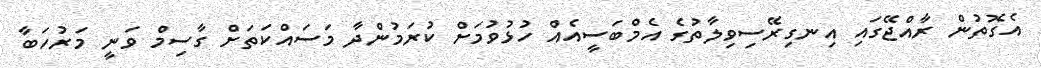
އެގޮތުން ރާއްޖޭގައި އިނގިރޭސިވިލާތުގެ އެމްބަސީއެއް ހުޅުވުމަށް ކުރަމުންދާ މަސައްކަތަށް ގާސިމް ވަނީ މަރުހަބާ